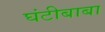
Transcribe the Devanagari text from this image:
घंटीबाबा